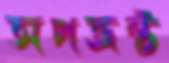
অপভ্রষ্ট